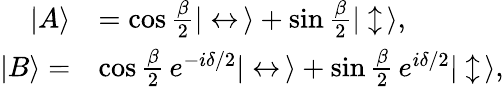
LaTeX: \begin{array}{rl}{|A\rangle}&{=\cos{\frac{\beta}{2}}|\leftrightarrow\, \rangle+\sin{\frac{\beta}{2}}|\updownarrow\, \rangle,}\\ {|B\rangle=}&{\cos{\frac{\beta}{2}}\, e^{-i\delta/2}|\leftrightarrow\, \rangle+\sin{\frac{\beta}{2}}\, e^{i\delta/2}|\updownarrow\, \rangle,}\end{array}